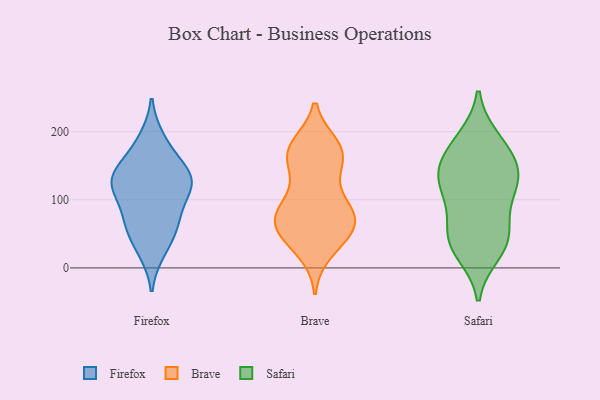
{"axis": {"x": "Inventory Turnover", "y": "Value"}, "legend": ["Brave", "Firefox", "Safari"], "data": [{"x": "", "y": 109, "type": "Firefox"}, {"x": "", "y": 75, "type": "Firefox"}, {"x": "", "y": 189, "type": "Firefox"}, {"x": "", "y": 131, "type": "Firefox"}, {"x": "", "y": 161, "type": "Firefox"}, {"x": "", "y": 129, "type": "Firefox"}, {"x": "", "y": 132, "type": "Firefox"}, {"x": "", "y": 125, "type": "Firefox"}, {"x": "", "y": 70, "type": "Firefox"}, {"x": "", "y": 51, "type": "Firefox"}, {"x": "", "y": 25, "type": "Firefox"}, {"x": "", "y": 179, "type": "Brave"}, {"x": "", "y": 80, "type": "Brave"}, {"x": "", "y": 165, "type": "Brave"}, {"x": "", "y": 165, "type": "Brave"}, {"x": "", "y": 38, "type": "Brave"}, {"x": "", "y": 171, "type": "Brave"}, {"x": "", "y": 164, "type": "Brave"}, {"x": "", "y": 178, "type": "Brave"}, {"x": "", "y": 85, "type": "Brave"}, {"x": "", "y": 136, "type": "Brave"}, {"x": "", "y": 24, "type": "Brave"}, {"x": "", "y": 49, "type": "Brave"}, {"x": "", "y": 73, "type": "Brave"}, {"x": "", "y": 78, "type": "Brave"}, {"x": "", "y": 80, "type": "Brave"}, {"x": "", "y": 111, "type": "Brave"}, {"x": "", "y": 70, "type": "Brave"}, {"x": "", "y": 61, "type": "Brave"}, {"x": "", "y": 49, "type": "Brave"}, {"x": "", "y": 36, "type": "Safari"}, {"x": "", "y": 45, "type": "Safari"}, {"x": "", "y": 162, "type": "Safari"}, {"x": "", "y": 121, "type": "Safari"}, {"x": "", "y": 144, "type": "Safari"}, {"x": "", "y": 123, "type": "Safari"}, {"x": "", "y": 148, "type": "Safari"}, {"x": "", "y": 40, "type": "Safari"}, {"x": "", "y": 183, "type": "Safari"}, {"x": "", "y": 23, "type": "Safari"}, {"x": "", "y": 63, "type": "Safari"}, {"x": "", "y": 188, "type": "Safari"}, {"x": "", "y": 124, "type": "Safari"}, {"x": "", "y": 98, "type": "Safari"}]}